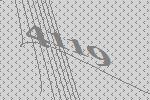
4119